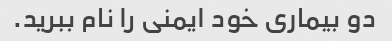
دو بیماری خود ایمنی را نام ببرید.